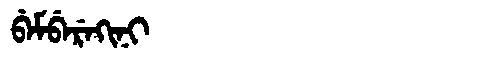
Manchu: ᠪᡝᠮᠪᡝᡵᡝᡴᡳᠨᡳ
Romanization: BEMBEREKINI